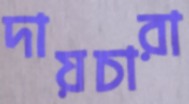
দায়চারা